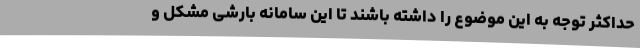
حداکثر توجه به این موضوع را داشته باشند تا این سامانه بارشی مشکل و